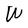
Character: W